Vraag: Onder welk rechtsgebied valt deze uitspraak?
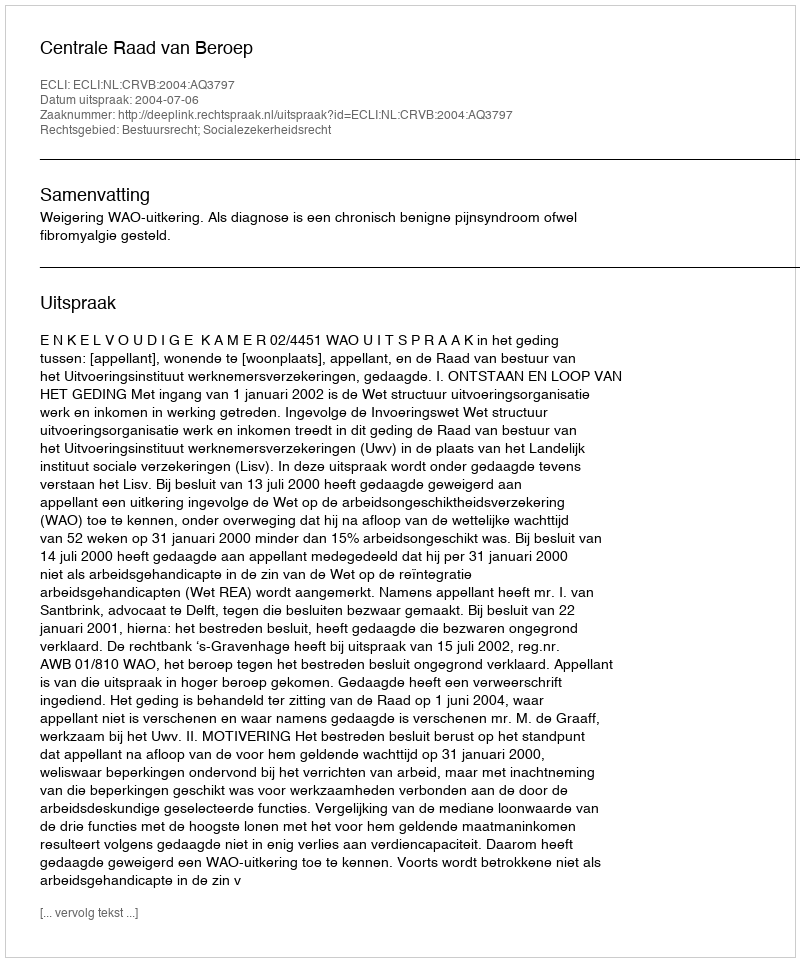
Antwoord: Bestuursrecht; Socialezekerheidsrecht